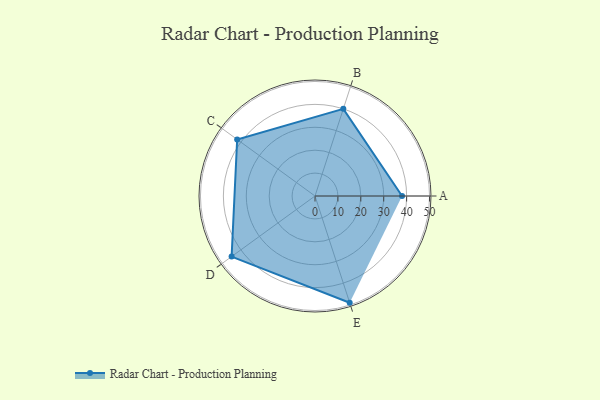
{"axis": {"x": "Skill", "y": "Score"}, "legend": ["Profile"], "data": [{"x": "A", "y": 38.0, "type": "Profile"}, {"x": "B", "y": 40.0, "type": "Profile"}, {"x": "C", "y": 42.0, "type": "Profile"}, {"x": "D", "y": 45.0, "type": "Profile"}, {"x": "E", "y": 49.0, "type": "Profile"}]}